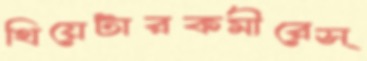
থিয়েটারকর্মীরেস্